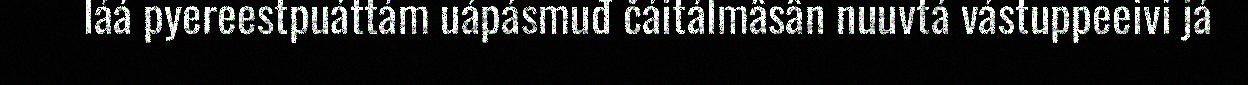
láá pyereestpuáttám uápásmuđ čáitálmâsân nuuvtá vástuppeeivi já